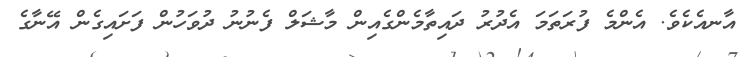
އާނއެކެވެ. އެންމެ ފުރަތަމަ އެދުރު ދައިތާމެންގެއިން މާޝަލް ފެނުނު ދުވަހުން ފަށައިގެން އޭނާގެ